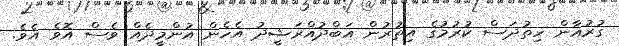
ގުރުއާން ހިތުދަސް ކުރުމުގެ އިތުރުން އަބްދުއްރަޝީދު އެހެން އުންމީދެއް ވެސް އޮވެ އެވެ.